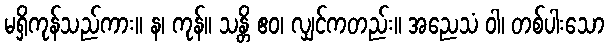
မရှိကုန်သည်ကား။ န၊ ကုန်။ သန္တိ ဧဝ၊ လျှင်ကတည်း။ အညေသံ ဝါ၊ တစ်ပါးသော